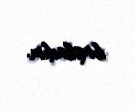
başladım.